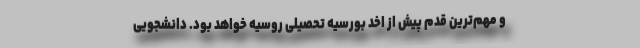
و مهم‌ترین قدم پیش از اخد بورسیه تحصیلی روسیه خواهد بود. دانشجویی